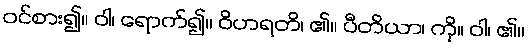
ဝင်စား၍။ ဝါ၊ ရောက်၍။ ဝိဟရတိ၊ ၏။ ပီတိယာ၊ ကို။ ဝါ၊ ၏။